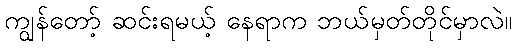
ကျွန်တော့် ဆင်းရမယ့် နေရာက ဘယ်မှတ်တိုင်မှာလဲ။